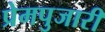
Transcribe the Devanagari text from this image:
प्रेमपुजारी